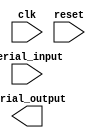
module SerialArbiter (
    input wire clk,
    input wire reset,
    input wire [NUM_INPUTS-1:0] serial_input,
    output wire serial_output
);

parameter NUM_INPUTS = 8;
parameter ARBITER_PRIORITY = 3;

reg [NUM_INPUTS-1:0] input_valid;
reg [3:0] arbiter_state;

always @(posedge clk or posedge reset) begin
    if (reset) begin
        arbiter_state <= 4'b0000;
        input_valid <= 0;
    end else begin
        case (arbiter_state)
            4'b0000: begin
                if (|input_valid) begin
                    arbiter_state <= 4'b0001;
                end
            end
            4'b0001: begin
                // priority logic here
                arbiter_state <= 4'b0010;
            end
            4'b0010: begin
                // generate output based on chosen input
                arbiter_state <= 4'b0000;
            end
        endcase
    end
end

endmodule